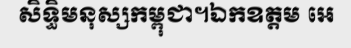
សិទ្ធិមនុស្សកម្ពុជា។ឯកឧត្តម អេ